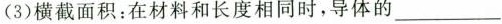
(3)横截面积：在材料和长度相同时，导体的_______